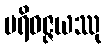
ပရိဝဇ္ဇယဿု